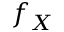
f _ { \boldsymbol { X } }